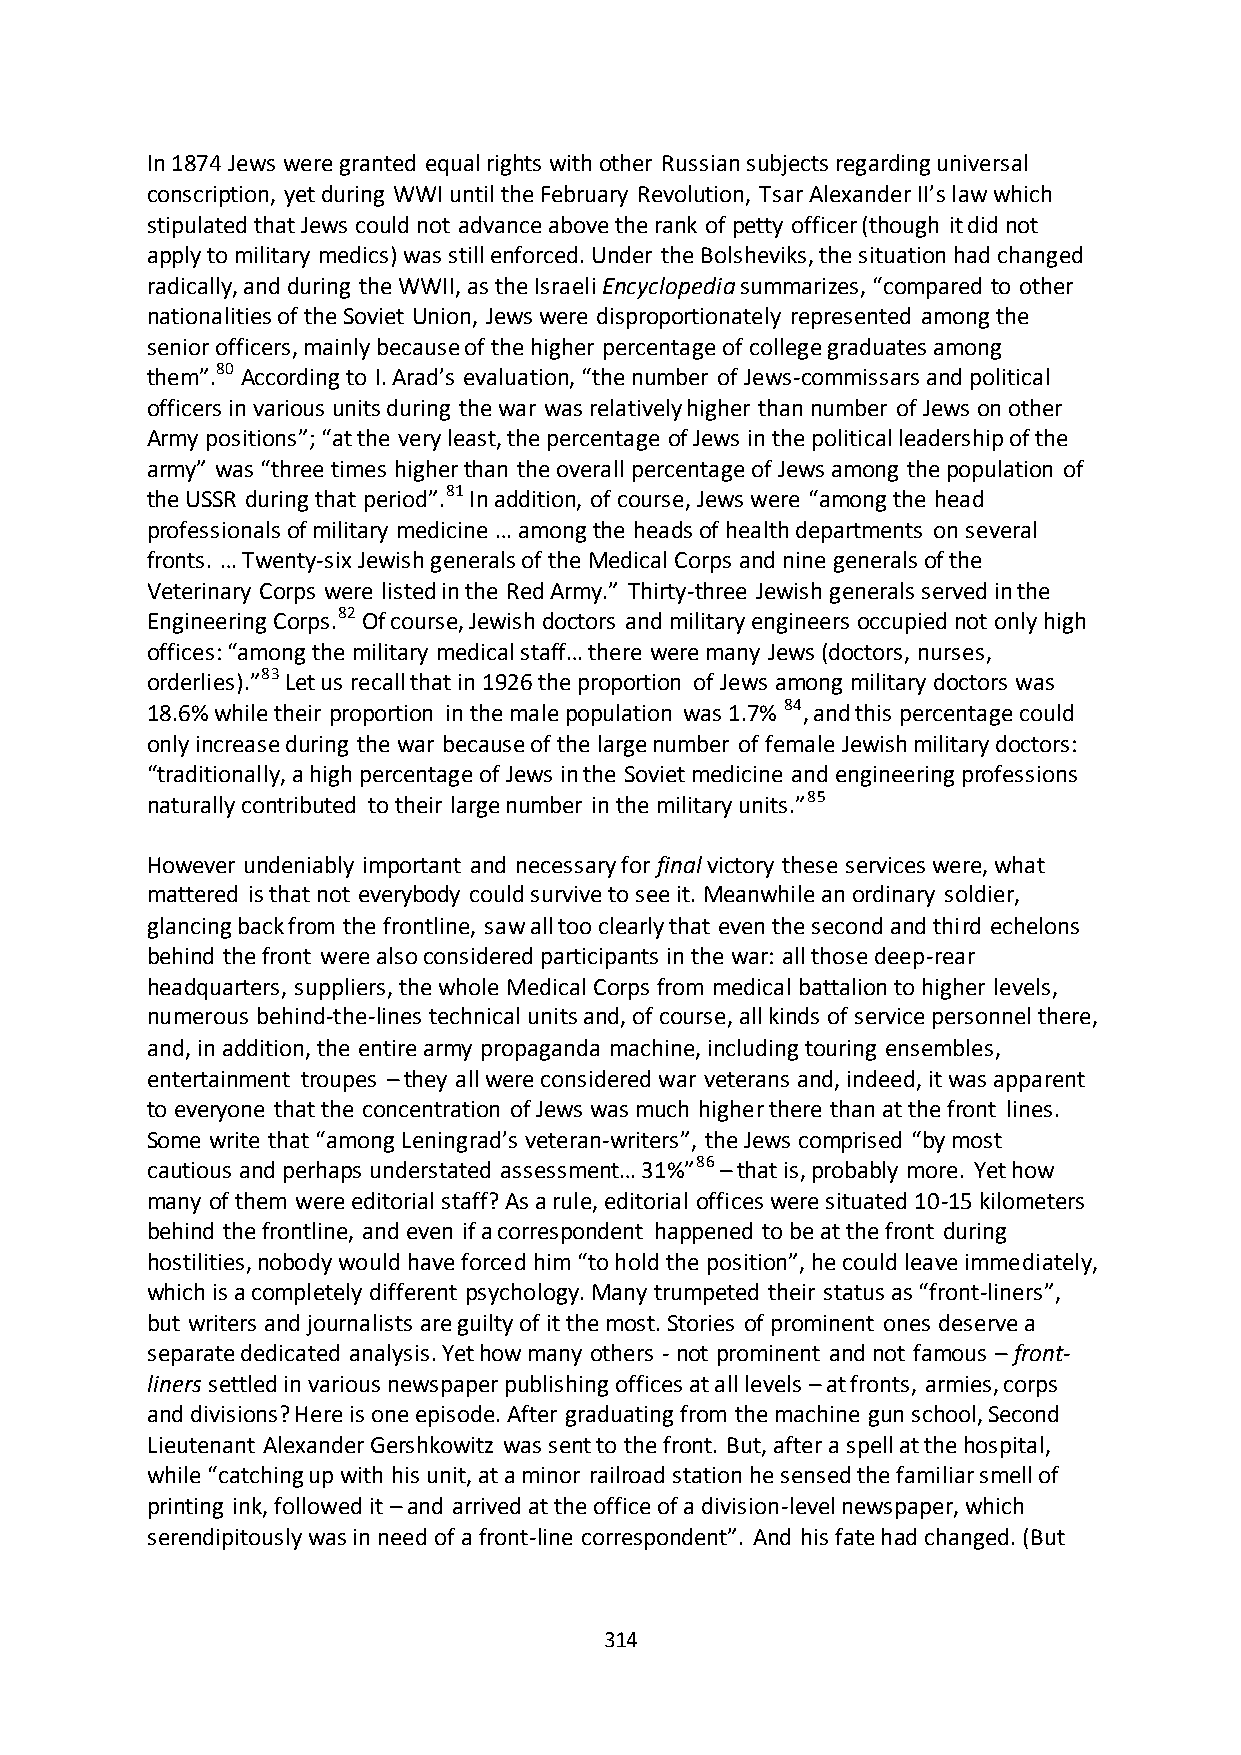
In 1874 Jews were granted equal rights with other Russian subjects regarding universal
 conscription, yet during WWI until the February Revolution, Tsar Alexander II’s law which
 stipulated that Jews could not advance above the rank of petty officer (though it did not
 apply to military medics) was still enforced. Under the Bolsheviks, the situation had changed
 radically, and during the WWII, as the Israeli Encyclopedia summarizes, “compared to other
 nationalities of the Soviet Union, Jews were disproportionately represented among the
 senior officers, mainly because of the higher percentage of college graduates among
 them”.80 According to I. Arad’s evaluation, “the number of Jews-commissars and political
 officers in various units during the war was relatively higher than number of Jews on other
 Army positions”; “at the very least, the percentage of Jews in the political leadership of the
 army” was “three times higher than the overall percentage of Jews among the population of
 the USSR during that period”.81 In addition, of course, Jews were “among the head
 professionals of military medicine … among the heads of health departments on several
 fronts. … Twenty-six Jewish generals of the Medical Corps and nine generals of the
 Veterinary Corps were listed in the Red Army.” Thirty-three Jewish generals served in the
 Engineering Corps.82 Of course, Jewish doctors and military engineers occupied not only high
 offices: “among the military medical staff… there were many Jews (doctors, nurses,
 orderlies).”83 Let us recall that in 1926 the proportion of Jews among military doctors was
 18.6% while their proportion in the male population was 1.7% 84, and this percentage could
 only increase during the war because of the large number of female Jewish military doctors:
 “traditionally, a high percentage of Jews in the Soviet medicine and engineering professions
 naturally contributed to their large number in the military units.”85
 However undeniably important and necessary for final victory these services were, what
 mattered is that not everybody could survive to see it. Meanwhile an ordinary soldier,
 glancing back from the frontline, saw all too clearly that even the second and third echelons
 behind the front were also considered participants in the war: all those deep-rear
 headquarters, suppliers, the whole Medical Corps from medical battalion to higher levels,
 numerous behind-the-lines technical units and, of course, all kinds of service personnel there,
 and, in addition, the entire army propaganda machine, including touring ensembles,
 entertainment troupes – they all were considered war veterans and, indeed, it was apparent
 to everyone that the concentration of Jews was much higher there than at the front lines.
 Some write that “among Leningrad’s veteran-writers”, the Jews comprised “by most
 cautious and perhaps understated assessment… 31%”86 – that is, probably more. Yet how
 many of them were editorial staff? As a rule, editorial offices were situated 10-15 kilometers
 behind the frontline, and even if a correspondent happened to be at the front during
 hostilities, nobody would have forced him “to hold the position”, he could leave immediately,
 which is a completely different psychology. Many trumpeted their status as “front-liners”,
 but writers and journalists are guilty of it the most. Stories of prominent ones deserve a
 separate dedicated analysis. Yet how many others - not prominent and not famous – front-
 liners settled in various newspaper publishing offices at all levels – at fronts, armies, corps
 and divisions? Here is one episode. After graduating from the machine gun school, Second
 Lieutenant Alexander Gershkowitz was sent to the front. But, after a spell at the hospital,
 while “catching up with his unit, at a minor railroad station he sensed the familiar smell of
 printing ink, followed it – and arrived at the office of a division-level newspaper, which
 serendipitously was in need of a front-line correspondent”. And his fate had changed. (But
 314